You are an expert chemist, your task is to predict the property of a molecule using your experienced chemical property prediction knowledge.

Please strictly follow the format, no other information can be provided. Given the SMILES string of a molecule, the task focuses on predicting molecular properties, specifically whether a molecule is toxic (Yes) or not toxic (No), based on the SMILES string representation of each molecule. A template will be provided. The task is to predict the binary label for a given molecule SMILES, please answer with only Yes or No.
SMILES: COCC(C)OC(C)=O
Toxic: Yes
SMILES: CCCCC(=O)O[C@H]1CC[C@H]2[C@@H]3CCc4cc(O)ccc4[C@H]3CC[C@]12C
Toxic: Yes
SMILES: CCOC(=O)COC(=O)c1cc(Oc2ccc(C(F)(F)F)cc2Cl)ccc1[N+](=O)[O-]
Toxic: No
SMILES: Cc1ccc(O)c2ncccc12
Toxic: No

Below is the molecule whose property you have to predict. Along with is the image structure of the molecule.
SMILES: CC(=O)Oc1cccc(C(=O)O)c1OC(C)=O
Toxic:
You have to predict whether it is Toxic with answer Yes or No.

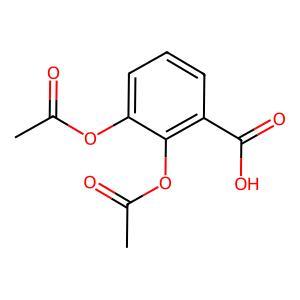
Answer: No